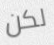
لكن